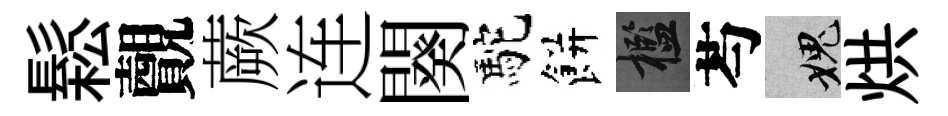
鬆覿蕨连闋駝餅檻芍愧烘